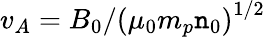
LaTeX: v_{A}=B_{0}/{(\mu_{0}m_{p}\mathtt{n}_{0})}^{1/2}